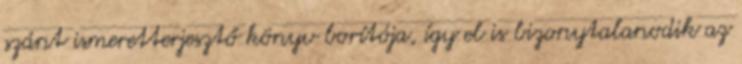
szánt ismeretterjesztő könyv borítója, így el is bizonytalanodik az